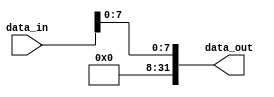
module LSByte_reader (
    input  [31:0] data_in,
    output [31:0] data_out
);
    assign data_out = {24'b0, data_in[7:0]};
endmodule

module ShiftRightLogical_1to32 (
    input data_in,
    output [31:0] data_out
);
    assign data_out = {31'b0, data_in};
endmodule